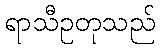
ရာသီဥတုသည်